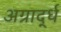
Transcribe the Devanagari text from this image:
अग्रार्द्ध